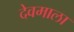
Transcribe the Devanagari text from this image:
देवमाला